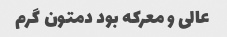
عالی و معرکه بود دمتون گرم